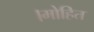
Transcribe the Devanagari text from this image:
।मोहित